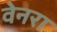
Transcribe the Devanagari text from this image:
वेनरा